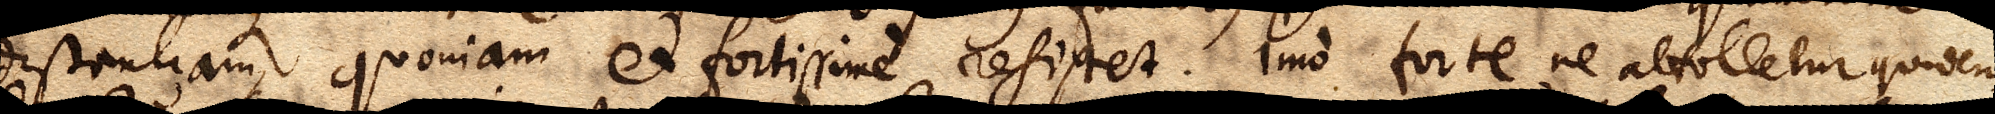
distantiam, quoniam et fortissime resistet. Imo forte ne attolletur quidem